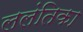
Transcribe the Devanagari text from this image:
ललंतिका